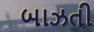
બાઝતી